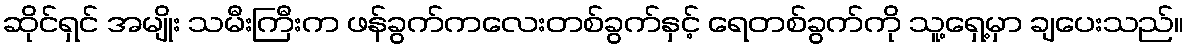
ဆိုင်ရှင် အမျိုး သမီးကြီးက ဖန်ခွက်ကလေးတစ်ခွက်နှင့် ရေတစ်ခွက်ကို သူ့ရှေ့မှာ ချပေးသည်။